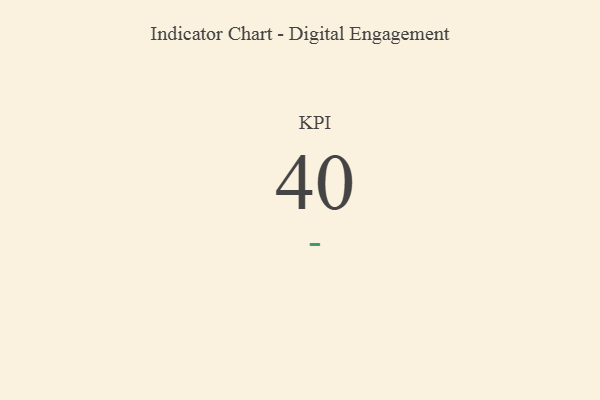
{"axis": {"x": "KPI", "y": "Value"}, "legend": [""], "data": [{"x": "KPI", "y": 40, "type": ""}]}